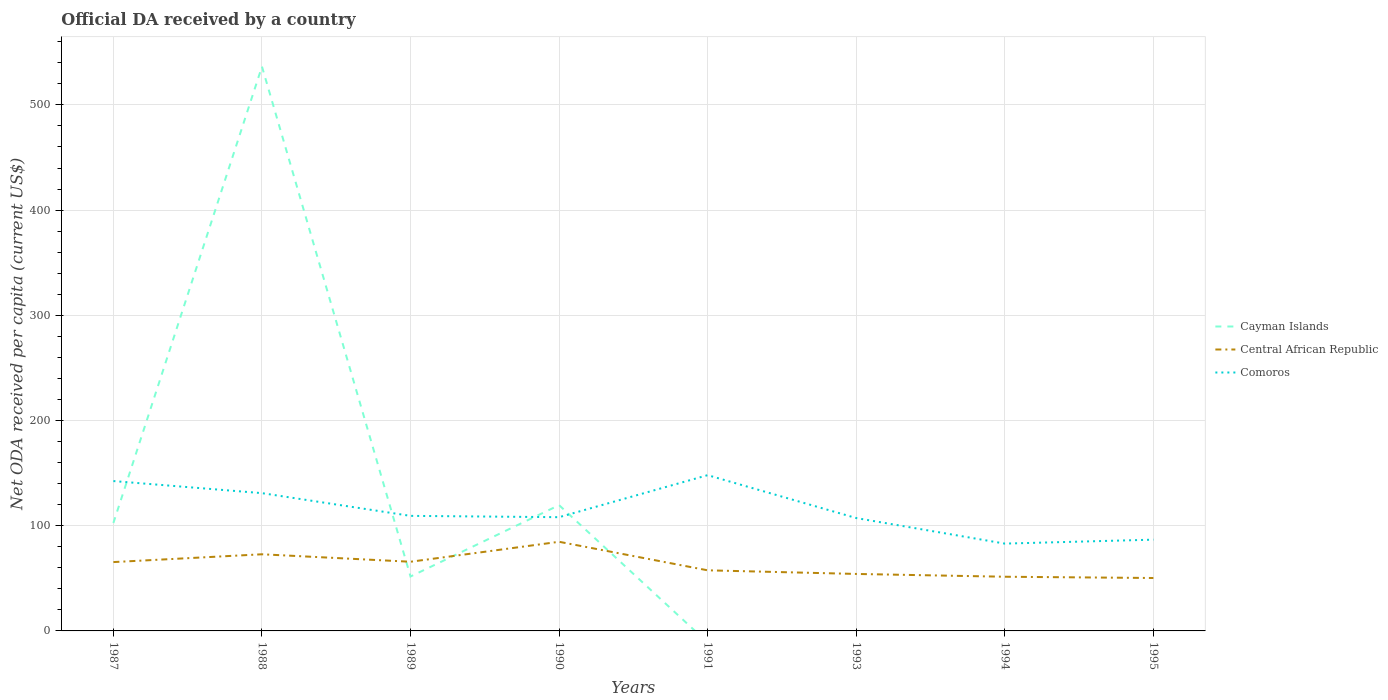
| Years | Cayman Islands | Central African Republic | Comoros |
 | --- | --- | --- | --- |
 | 1987 | 103 | 65.4 | 142 |
 | 1988 | 536 | 72.9 | 131 |
 | 1989 | 51.7 | 65.7 | 109 |
 | 1990 | 120 | 84.7 | 108 |
 | 1991 | -11.1 | 57.6 | 148 |
 | 1993 | -16.1 | 54.2 | 107 |
 | 1994 | -33.9 | 51.5 | 83 |
 | 1995 | -18 | 50.3 | 86.7 |